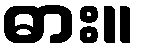
ဓား။